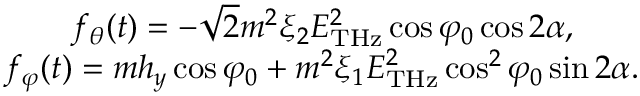
\begin{array} { r } { f _ { \theta } ( t ) = - \sqrt { 2 } m ^ { 2 } \xi _ { 2 } E _ { \mathrm { T H z } } ^ { 2 } \cos \varphi _ { 0 } \cos 2 \alpha , \quad \quad } \\ { f _ { \varphi } ( t ) = m h _ { y } \cos \varphi _ { 0 } + m ^ { 2 } \xi _ { 1 } E _ { \mathrm { T H z } } ^ { 2 } \cos ^ { 2 } \varphi _ { 0 } \sin 2 \alpha . } \end{array}